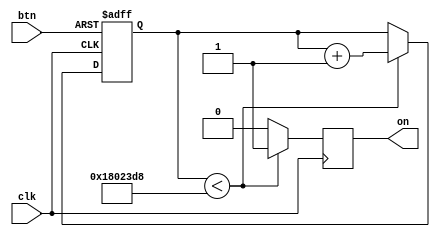
module debouncer (
	input clk,
	input btn,
	output reg on
);

parameter DELAY = 25175000;
reg [31:0] counter;

always @(posedge clk, negedge btn) begin
	if (btn == 0)
		counter <= 0;
	else if (counter < DELAY)
		counter <= counter + 1;
end

always @(posedge clk)
	if (counter < DELAY)
		on <= 1;
	else 
		on <= 0;
		
endmodule